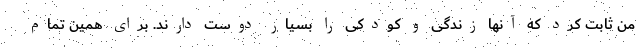
من ثابت کرد که آنها زندگی و کودکی را بسیار دوست دارند. برای همین تمام